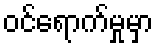
ဝင်ရောက်မှုမှာ